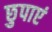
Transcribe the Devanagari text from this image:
छुपाएं